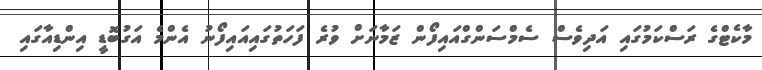
މާކެޓްގެ ރަސްކަމުގައި އަދިވެސް ސެމްސަންގްއައިފޯން ޒަމާނަށް ވުރެ ފަހަތުގައިއައިފޯނު އެންމެ އަގުބޮޑީ އިންޑިއާގައި